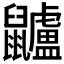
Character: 𪖌